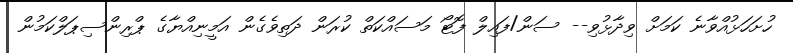
ހުށަހަޅުއްވާނެ ކަމަށް ވިދާޅުވި-- ސަން/ފައިލް ފޮޓޯ މަސައްކަތް ކުރަން ދަތިވެގެން އަމީނިއްޔާގެ ޕްރިންސިޕަލްކަމުން